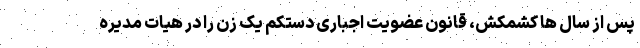
پس از سال ها کشمکش، قانون عضویت اجباری دستکم یک زن را در هیات مدیره